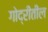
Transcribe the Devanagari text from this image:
गोद्रीतील